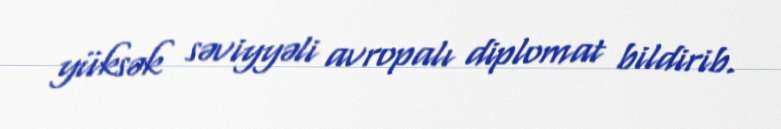
yüksək səviyyəli avropalı diplomat bildirib.